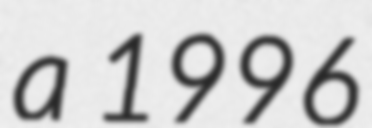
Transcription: a 1996